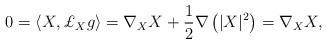
LaTeX: \begin{align*}0=\left \langle X,\pounds_X g\right \rangle =\nabla_X X +\frac12 \nabla \left ( |X|^2\right )= \nabla_X X ,\end{align*}